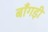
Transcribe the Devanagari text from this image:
बाँगड़ी